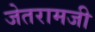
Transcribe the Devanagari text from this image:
जेतरामजी